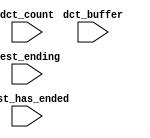
// This program was cloned from: https://github.com/defparam/PCI2Nano-RTL
// License: GNU General Public License v3.0

//Legal Notice: (C)2020 Altera Corporation. All rights reserved.  Your
//use of Altera Corporation's design tools, logic functions and other
//software and tools, and its AMPP partner logic functions, and any
//output files any of the foregoing (including device programming or
//simulation files), and any associated documentation or information are
//expressly subject to the terms and conditions of the Altera Program
//License Subscription Agreement or other applicable license agreement,
//including, without limitation, that your use is for the sole purpose
//of programming logic devices manufactured by Altera and sold by Altera
//or its authorized distributors.  Please refer to the applicable
//agreement for further details.

// synthesis translate_off
`timescale 1ns / 1ps
// synthesis translate_on

// turn off superfluous verilog processor warnings 
// altera message_level Level1 
// altera message_off 10034 10035 10036 10037 10230 10240 10030 

module nios_nios2_qsys_0_oci_test_bench (
                                          // inputs:
                                           dct_buffer,
                                           dct_count,
                                           test_ending,
                                           test_has_ended
                                        )
;

  input   [ 29: 0] dct_buffer;
  input   [  3: 0] dct_count;
  input            test_ending;
  input            test_has_ended;


endmodule